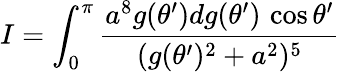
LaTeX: I=\int_{0}^{\pi}{\frac{a^{8}g(\theta^{\prime})dg(\theta^{\prime})\, \cos\theta^{\prime}}{(g(\theta^{\prime})^{2}+a^{2})^{5}}}